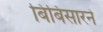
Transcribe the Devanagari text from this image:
बिंबिसारने